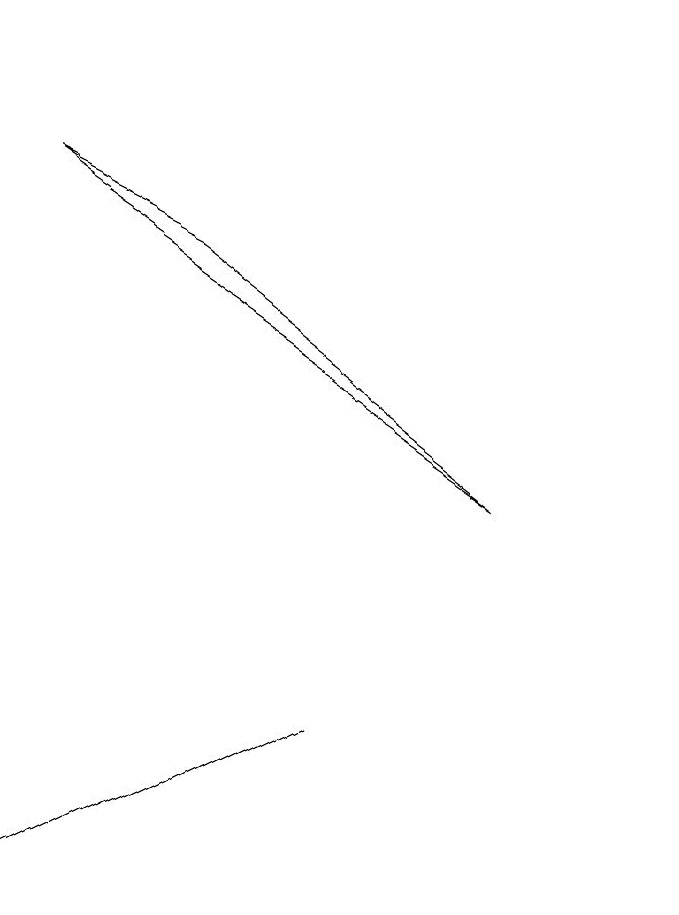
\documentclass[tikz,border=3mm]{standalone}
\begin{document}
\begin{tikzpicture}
\draw (10,11) circle (0);
\draw (2,0) -- (6,2) -- (4,1) -- cycle;
\draw (2,9) -- (8,5) -- (4,8) -- cycle;
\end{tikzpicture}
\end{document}